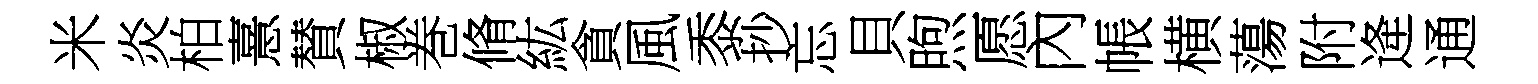
米炎柏憙賛椒巻脩紘貪風黍抄忘貝煦愿內帳横蕩附逄通